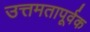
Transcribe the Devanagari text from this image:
उत्तमतापूर्वक